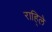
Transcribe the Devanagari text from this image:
राहि्ले